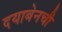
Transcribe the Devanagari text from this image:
दयाबेनची